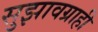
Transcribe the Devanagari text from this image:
सुझावग्राही